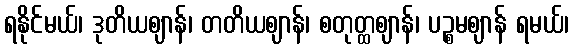
ရနိုင်မယ်၊ ဒုတိယဈာန်၊ တတိယဈာန်၊ စတုတ္ထဈာန်၊ ပဉ္စမဈာန် ရမယ်၊